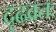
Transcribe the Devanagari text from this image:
दृढव्रतः